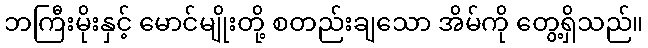
ဘကြီးမိုးနှင့် မောင်မျိုးတို့ စတည်းချသော အိမ်ကို တွေ့ရှိသည်။